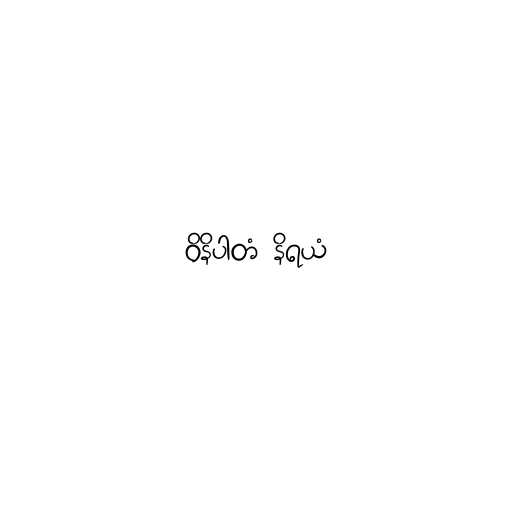
ဝိနိပါတံ နိရယံ